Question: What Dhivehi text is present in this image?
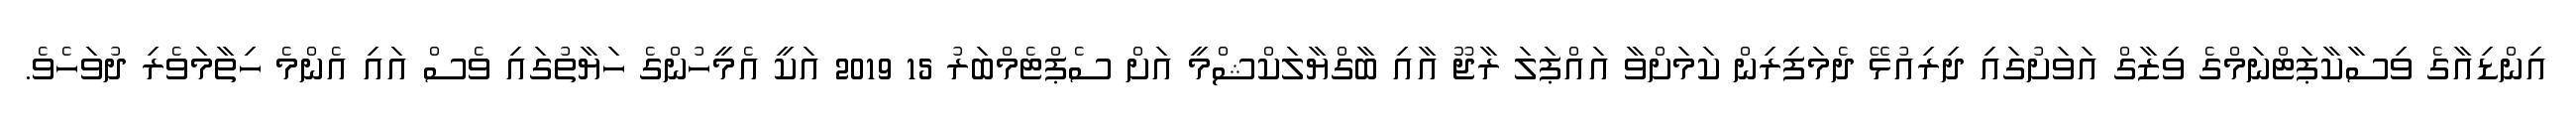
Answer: އިންޑިއާގެ ވިސާކާޕަޓްނަމްގެ ވިޒާގް އަވަށުގައި ދިރިއުޅޭ ދެމަފިރިން ކަމަށްވާ އައްޕަލަ ރާޖޫ އާއި ބާގްޔާލަކްޝްމީ އަށް ސެޕްޓެމްބަރު 15 2019 އަކީ އެމީހުންގެ ހަޔާތުގައި ވެސް އައި އެންމެ ހިތާމަވެރި ދުވަހެވެ.